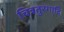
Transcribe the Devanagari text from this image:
चित्रतुरगादि